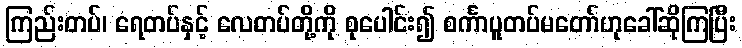
ကြည်းတပ်၊ ရေတပ်နှင့် လေတပ်တို့ကို စုပေါင်း၍ စင်္ကာပူတပ်မတော်ဟုခေါ်ဆိုကြပြီး